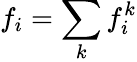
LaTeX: f_{i}=\sum_{k}f_{i}^{k}